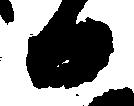
日